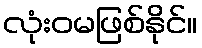
လုံးဝမဖြစ်နိုင်။